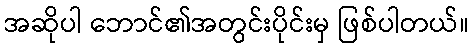
အဆိုပါ ဘောင်၏အတွင်းပိုင်းမှ ဖြစ်ပါတယ်။